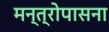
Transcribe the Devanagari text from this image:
मन्त्रोपासना